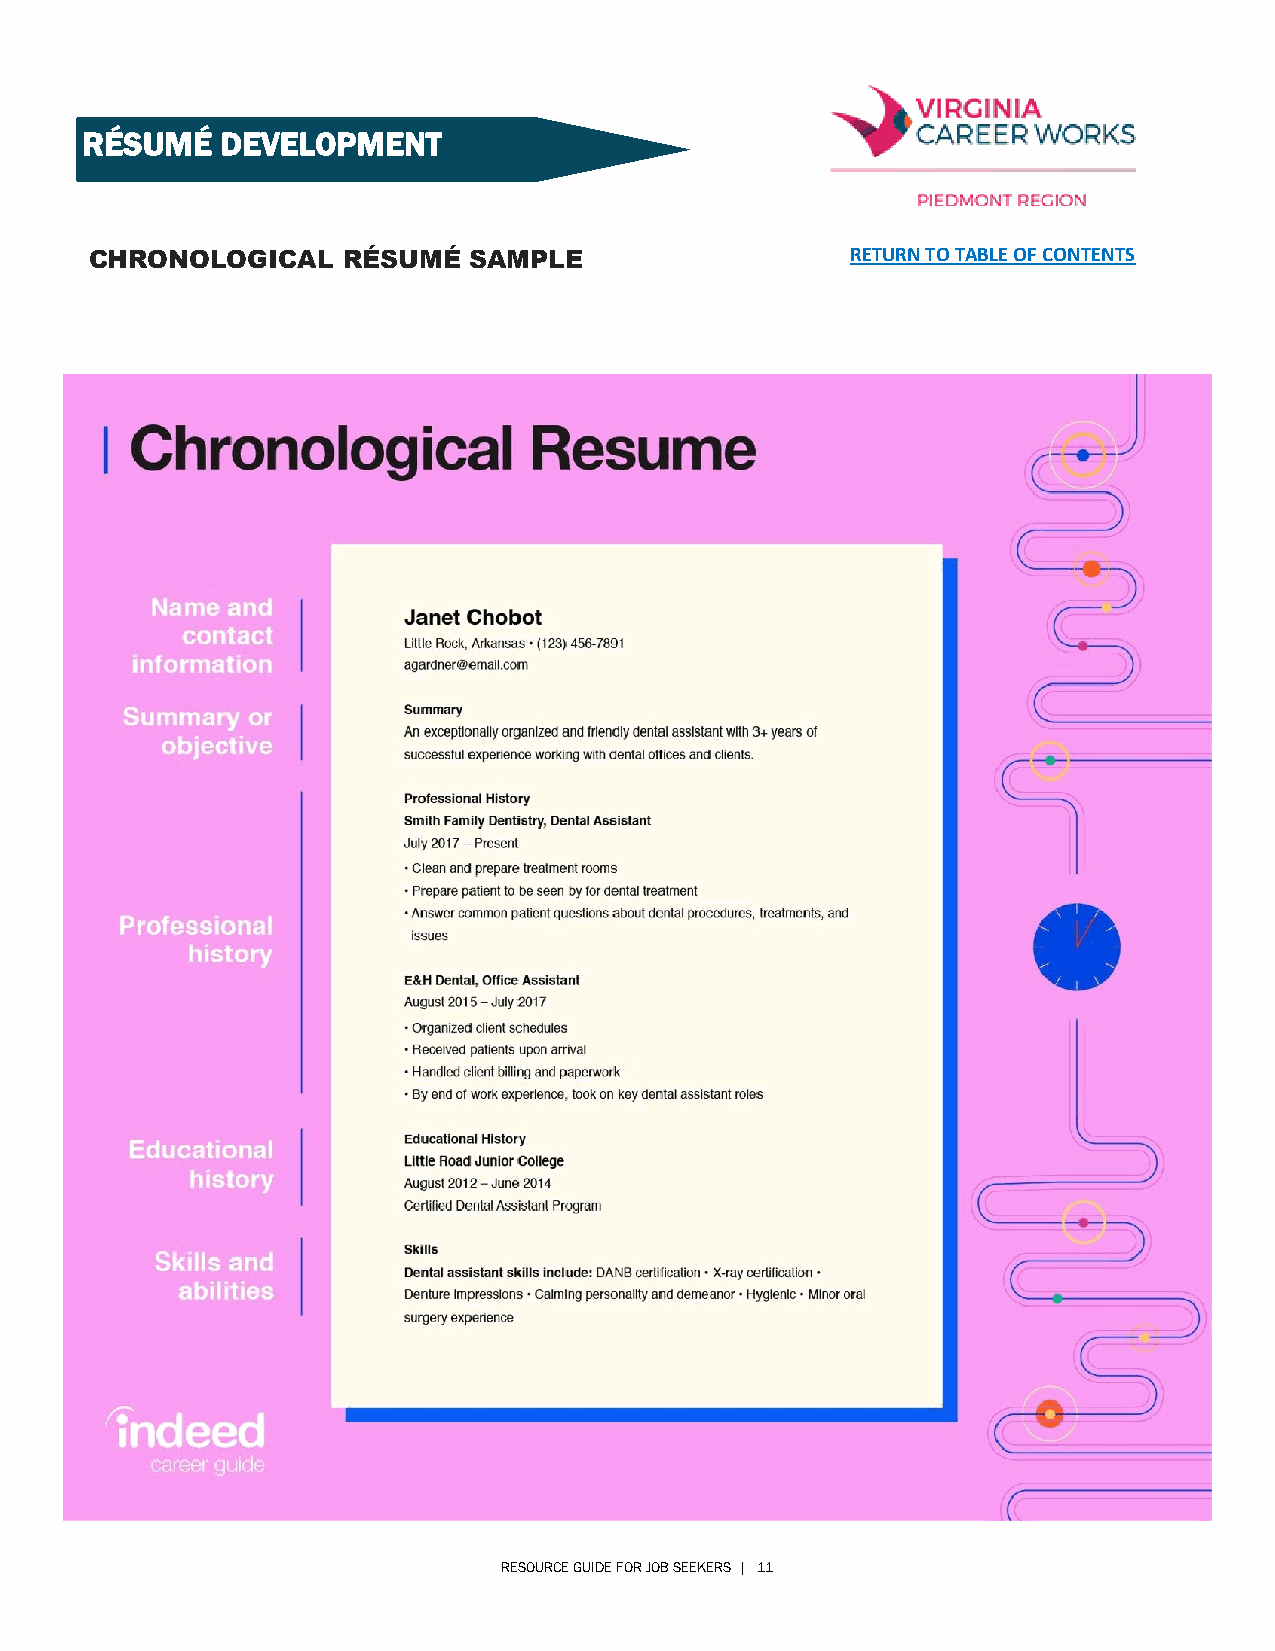
RÉSUMÉ    DEVELOPMENT
 CHRONOLOGICAL    RÉSUMÉ  SAMPLE                   RETURN TO TABLE OF CONTENTS
 RESOURCE GUIDE FOR JOB SEEKERS | 11